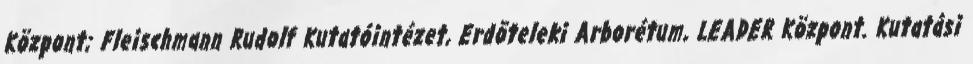
Központ; Fleischmann Rudolf Kutatóintézet, Erdõteleki Arborétum, LEADER Központ. Kutatási